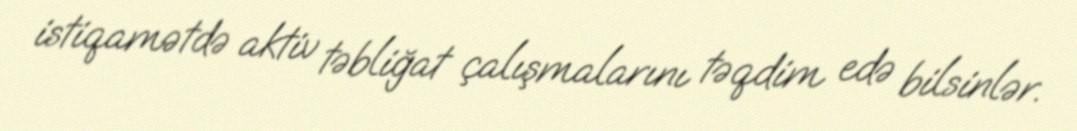
istiqamətdə aktiv təbliğat çalışmalarını təqdim edə bilsinlər.